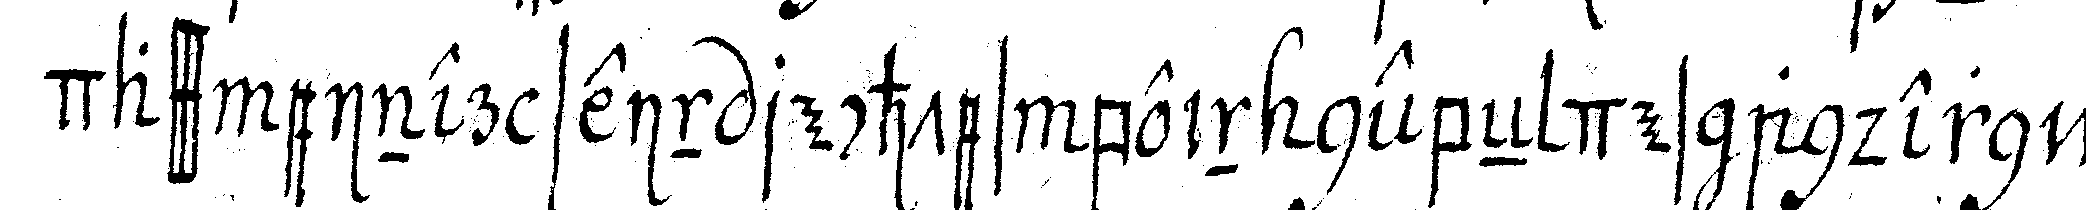
dass einer sein rechtes bein nebeN des andern